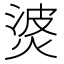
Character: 𰞹